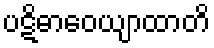
ပဋိဓာဝေယျာထာတိ